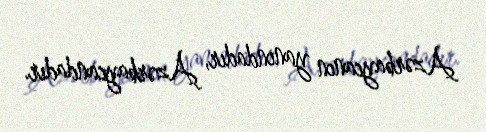
Azərbaycanın yanındadır, Azərbaycandadır.